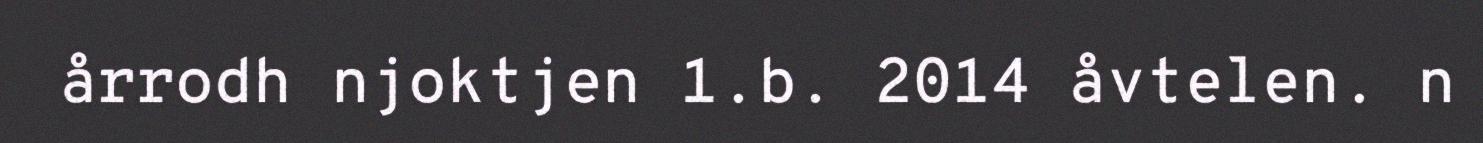
årrodh njoktjen 1.b. 2014 åvtelen. n